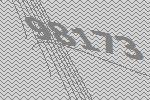
98173